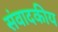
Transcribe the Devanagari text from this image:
संवादकीय